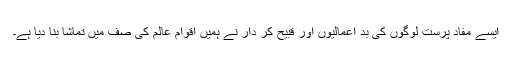
ایسے مفاد پرست لوگوں کی بد اعمالیوں اور قبیح کر دار نے ہمیں اقوام عالم کی صف میں تماشا بنا دیا ہے۔